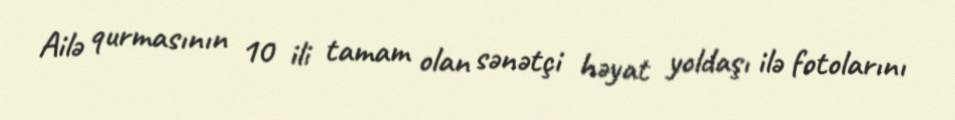
Ailə qurmasının 10 ili tamam olan sənətçi həyat yoldaşı ilə fotolarını